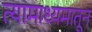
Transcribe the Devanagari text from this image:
त्यामाध्यमातून